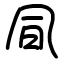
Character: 凬